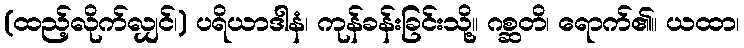
(ထည့်လိုက်လျှင်၊) ပရိယာဒါနံ၊ ကုန်ခန်းခြင်းသို့။ ဂစ္ဆတိ၊ ရောက်၏။ ယထာ၊